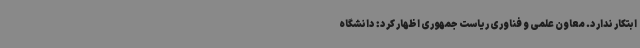
ابتکار ندارد. معاون علمی و فناوری ریاست جمهوری اظهار کرد: دانشگاه